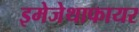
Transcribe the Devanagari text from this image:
इमेजेथाफायर